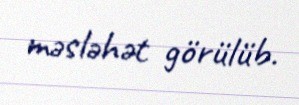
məsləhət görülüb.